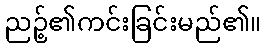
ညဉ့်၏ကင်းခြင်းမည်၏။